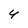
Character: Y